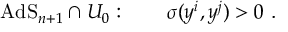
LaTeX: \mathrm { A d S } _ { n + 1 } \cap { \cal U } _ { 0 } : ~ ~ ~ ~ ~ ~ \sigma ( y ^ { i } , y ^ { j } ) > 0 ~ .